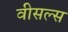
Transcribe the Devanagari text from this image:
वीसल्स